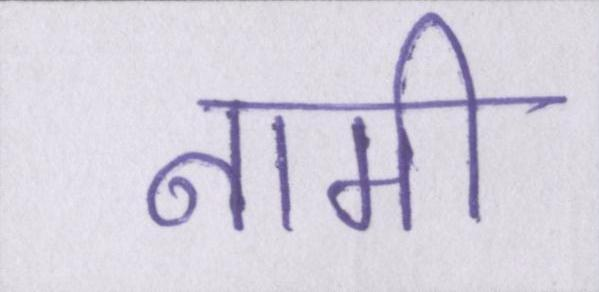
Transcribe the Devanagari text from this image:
नामी